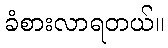
ခံစားလာရတယ်။